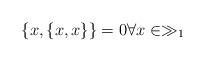
LaTeX: \begin{align*} \lbrace x, \lbrace x , x \rbrace \rbrace =0 \forall x \in \gg_1\end{align*}